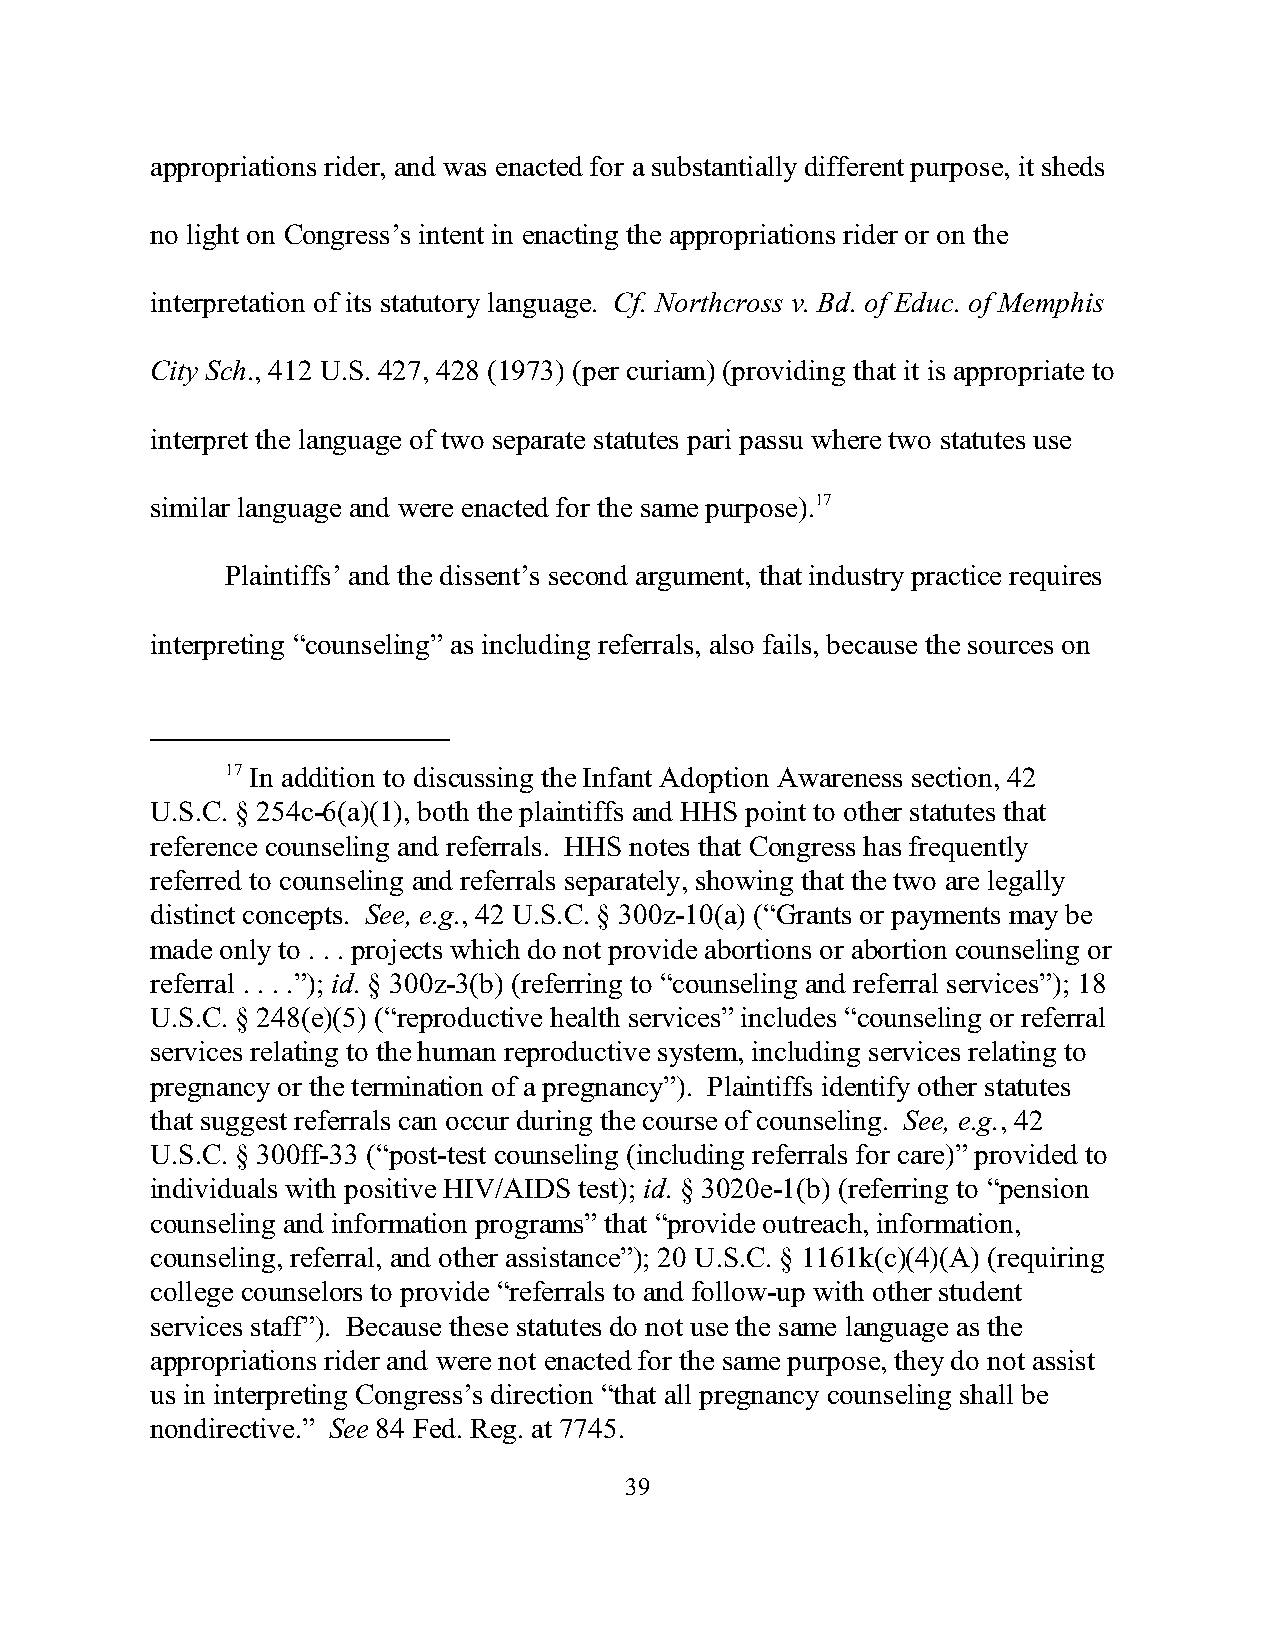
appropriations rider, and was enacted for a substantially different purpose, it sheds
 no light on Congress’s intent in enacting the appropriations rider or on the
 interpretation of its statutory language. Cf. Northcross v. Bd. of Educ. of Memphis
 City Sch., 412 U.S. 427, 428 (1973) (per curiam) (providing that it is appropriate to
 interpret the language of two separate statutes pari passu where two statutes use
 similar language and were enacted for the same purpose).17
 Plaintiffs’ and the dissent’s second argument, that industry practice requires
 interpreting “counseling” as including referrals, also fails, because the sources on
 17 In addition to discussing the Infant Adoption Awareness section, 42
 U.S.C. § 254c-6(a)(1), both the plaintiffs and HHS point to other statutes that
 reference counseling and referrals. HHS notes that Congress has frequently
 referred to counseling and referrals separately, showing that the two are legally
 distinct concepts. See, e.g., 42 U.S.C. § 300z-10(a) (“Grants or payments may be
 made only to . . . projects which do not provide abortions or abortion counseling or
 referral . . . .”); id. § 300z-3(b) (referring to “counseling and referral services”); 18
 U.S.C. § 248(e)(5) (“reproductive health services” includes “counseling or referral
 services relating to the human reproductive system, including services relating to
 pregnancy or the termination of a pregnancy”). Plaintiffs identify other statutes
 that suggest referrals can occur during the course of counseling. See, e.g., 42
 U.S.C. § 300ff-33 (“post-test counseling (including referrals for care)” provided to
 individuals with positive HIV/AIDS test); id. § 3020e-1(b) (referring to “pension
 counseling and information programs” that “provide outreach, information,
 counseling, referral, and other assistance”); 20 U.S.C. § 1161k(c)(4)(A) (requiring
 college counselors to provide “referrals to and follow-up with other student
 services staff”). Because these statutes do not use the same language as the
 appropriations rider and were not enacted for the same purpose, they do not assist
 us in interpreting Congress’s direction “that all pregnancy counseling shall be
 nondirective.” See 84 Fed. Reg. at 7745.
 39